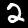
Label: 2